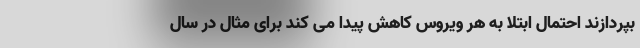
بپردازند احتمال ابتلا به هر ویروس کاهش پیدا می کند برای مثال در سال